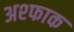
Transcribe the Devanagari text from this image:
अश्फाक